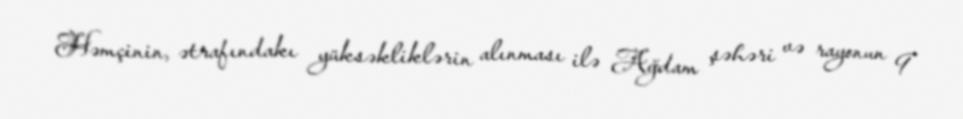
Həmçinin, ətrafındakı yüksəkliklərin alınması ilə Ağdam şəhəri və rayonun 9